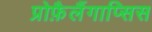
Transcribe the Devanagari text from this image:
प्रोफ़ैलैंगाप्सिस